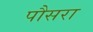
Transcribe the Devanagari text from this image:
पौसरा